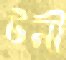
টনী